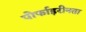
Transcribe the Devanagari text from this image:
पोर्फाइरीनता